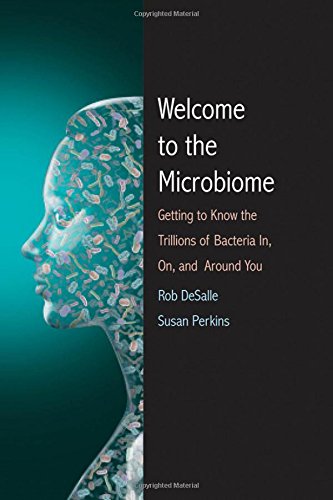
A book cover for Welcome to the Microbiome: Getting to Know the Trillions of Bacteria and Other Microbes In, On, and Around You; Rob DeSalle; Medical Books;